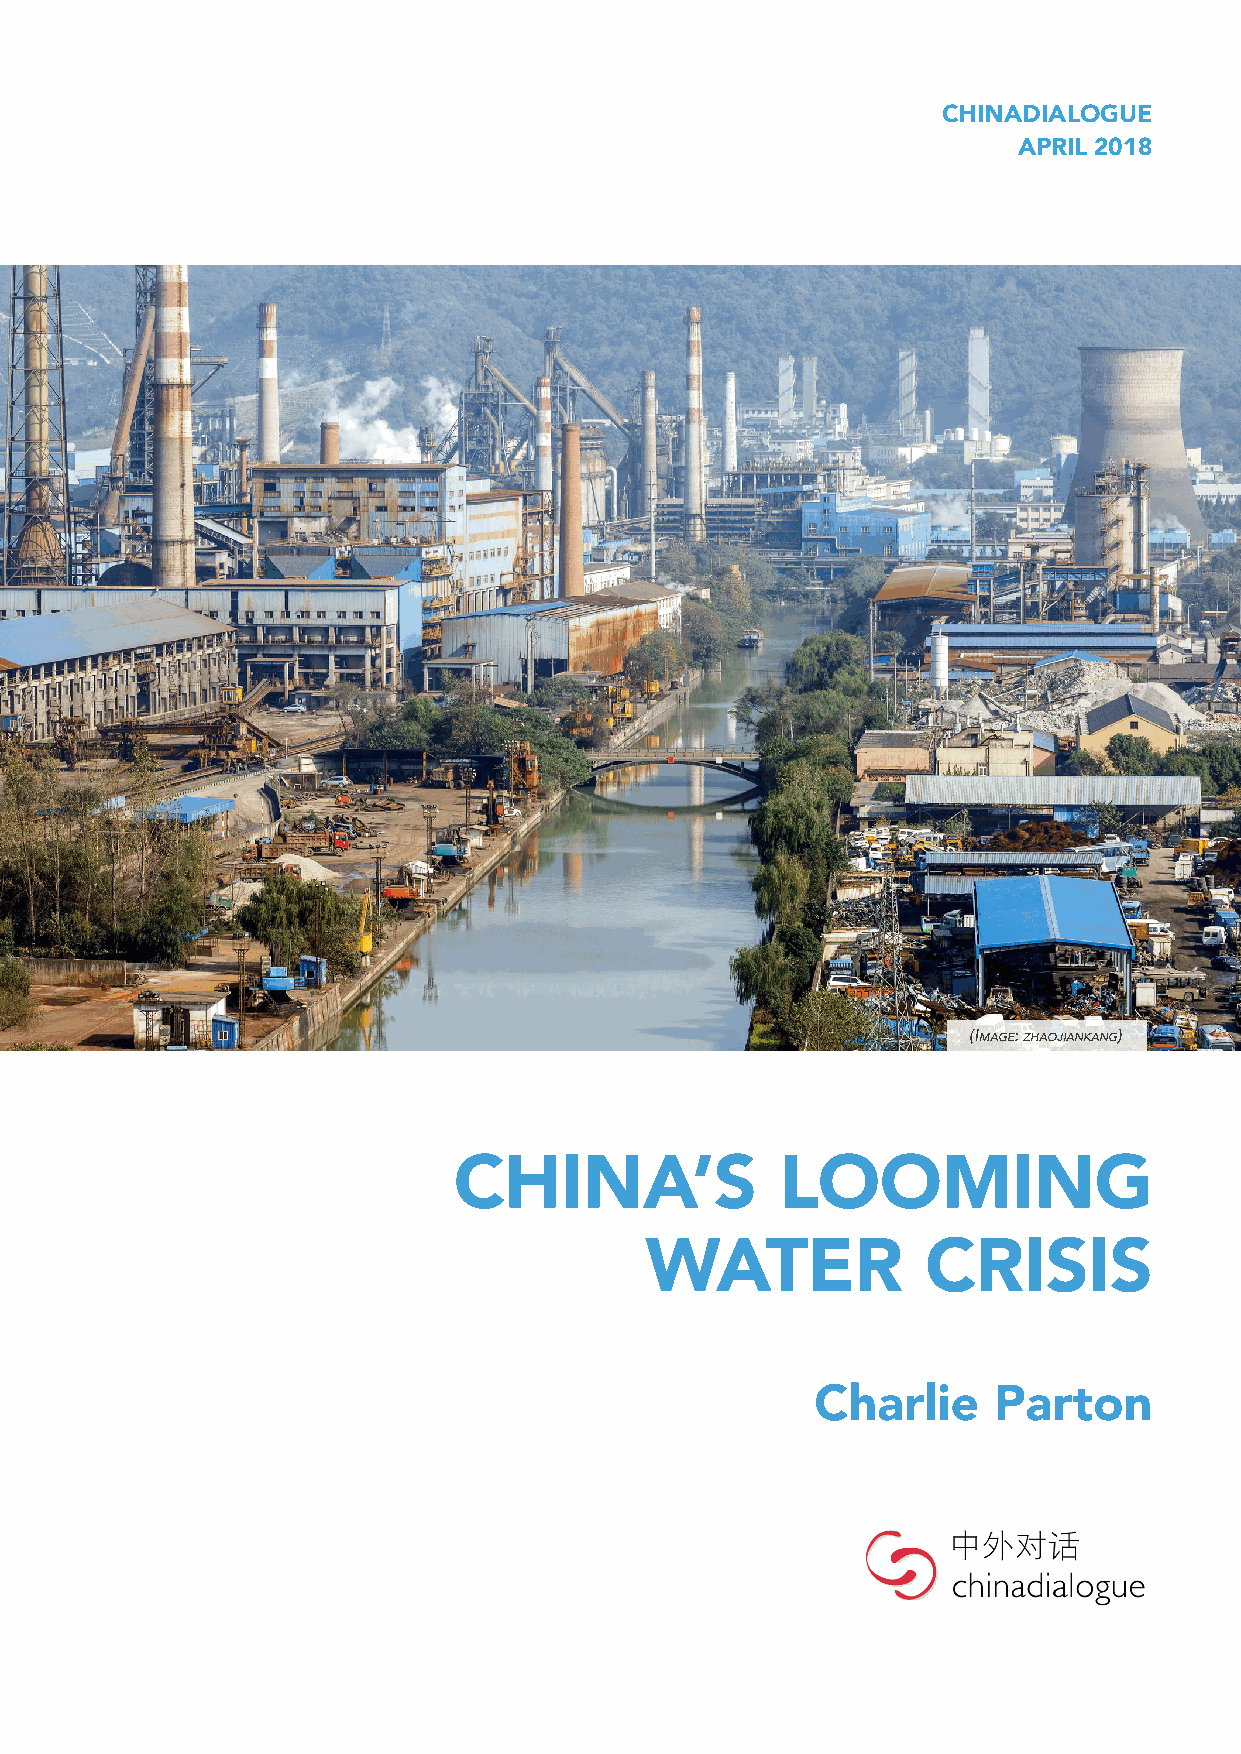
CHINADIALOGUE
 APRIL 2018
 (Image: zhaojIankang)
 CHINA’S               LOOMING
 WATER             CRISIS
 Charlie     Parton